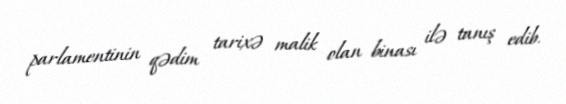
parlamentinin qədim tarixə malik olan binası ilə tanış edib.